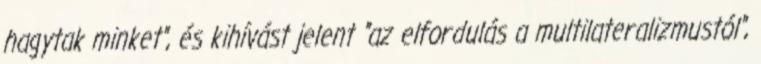
hagytak minket", és kihívást jelent "az elfordulás a multilateralizmustól",